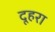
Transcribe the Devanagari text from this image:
दूहरा